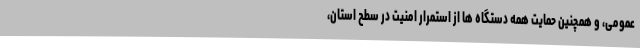
عمومی، و همچنین حمایت همه دستگاه ها از استمرار امنیت در سطح استان،